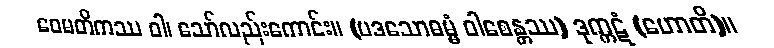
ဝေမတိကဿ ဝါ၊ သော်လည်းကောင်း။ (ပဒသောဓမ္မံ ဝါစေန္တဿ) ဒုက္ကဋံ (ဟောတိ)။